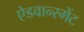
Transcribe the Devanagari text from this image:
ऐडवान्स्मेंट